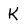
Character: k